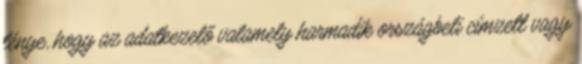
ténye, hogy az adatkezelő valamely harmadik országbeli címzett vagy